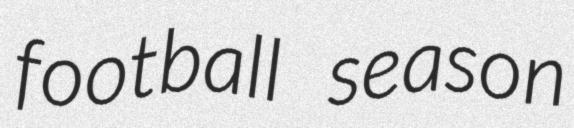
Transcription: football season